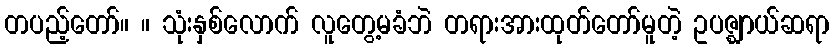
တပည့်တော်။ ။ သုံးနှစ်လောက် လူတွေ့မခံဘဲ တရားအားထုတ်တော်မူတဲ့ ဥပဇ္ဈာယ်ဆရာ